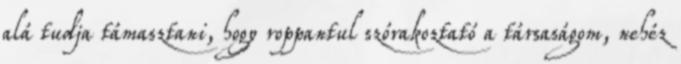
alá tudja támasztani, hogy roppantul szórakoztató a társaságom, nehéz